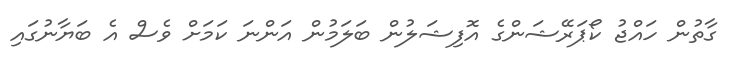
ގާތުން ހައްޖު ކޯޕަރޭޝަންގެ އޮފިޝަލުން ބަލަމުން އަންނަ ކަމަށް ވެސް އެ ބަޔާނުގައި